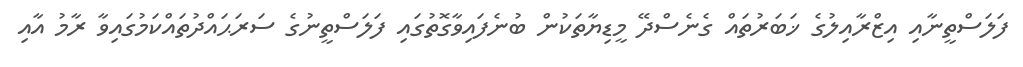
ފަލަސްތީނާއި އިޒްރާއިލުގެ ޚަބަރުތައް ގެނެސްދޭ މީޑިޔާތަކުން ބުނެފައިވާގޮތުގައި ފަލަސްތީނުގެ ސަރަޙައްދުތައްކަމުގައިވާ ރާމު އާއި